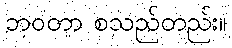
ဘဝတာ စသည်တည်း။